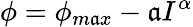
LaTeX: \phi=\phi_{m\mathfrak{a}x}-\mathfrak{a}I^{\alpha}